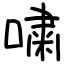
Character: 嘨